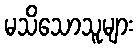
မသိသောသူများ